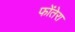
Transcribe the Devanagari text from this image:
फोंतेरा